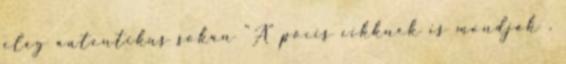
elég autentikus sokan "A" pöcis cikknek is mondják .